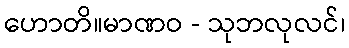
ဟောတိ။မာဏဝ - သုဘလုလင်၊